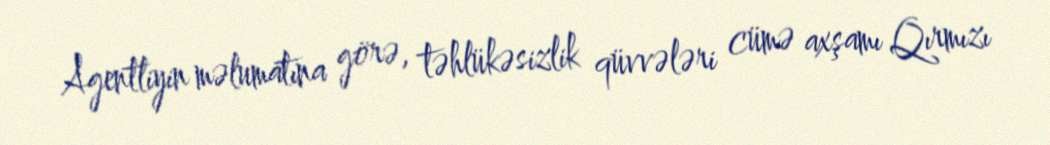
Agentliyin məlumatına görə, təhlükəsizlik qüvvələri cümə axşamı Qırmızı